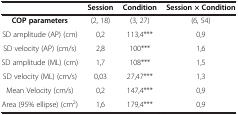
<table><thead><tr><td><b> </b></td><td><b>Session</b></td><td><b>Condition</b></td><td><b>Session × Condition</b></td></tr></thead><tbody><tr><td><b>COP parameters</b></td><td>(2, 18)</td><td>(3, 27)</td><td>(6, 54)</td></tr><tr><td>SD amplitude (AP) (cm)</td><td>0,2</td><td>113,4***</td><td>0,9</td></tr><tr><td>SD velocity (AP) (cm/s)</td><td>2,8</td><td>100***</td><td>1,6</td></tr><tr><td>SD amplitude (ML) (cm)</td><td>1,7</td><td>108***</td><td>1,5</td></tr><tr><td>SD velocity (ML) (cm/s)</td><td>0,03</td><td>27,47***</td><td>1,3</td></tr><tr><td>Mean Velocity (cm/s)</td><td>0,2</td><td>147,4***</td><td>0,9</td></tr><tr><td>Area (95% ellipse) (cm<sup>2</sup>)</td><td>1,6</td><td>179,4***</td><td>0,9</td></tr></tbody></table>